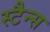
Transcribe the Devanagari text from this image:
स्टैन्स